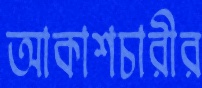
আকাশচারীর